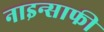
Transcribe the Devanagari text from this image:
नाइन्साफी